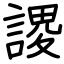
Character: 謖